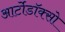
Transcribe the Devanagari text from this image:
आर्टोडॉक्सो